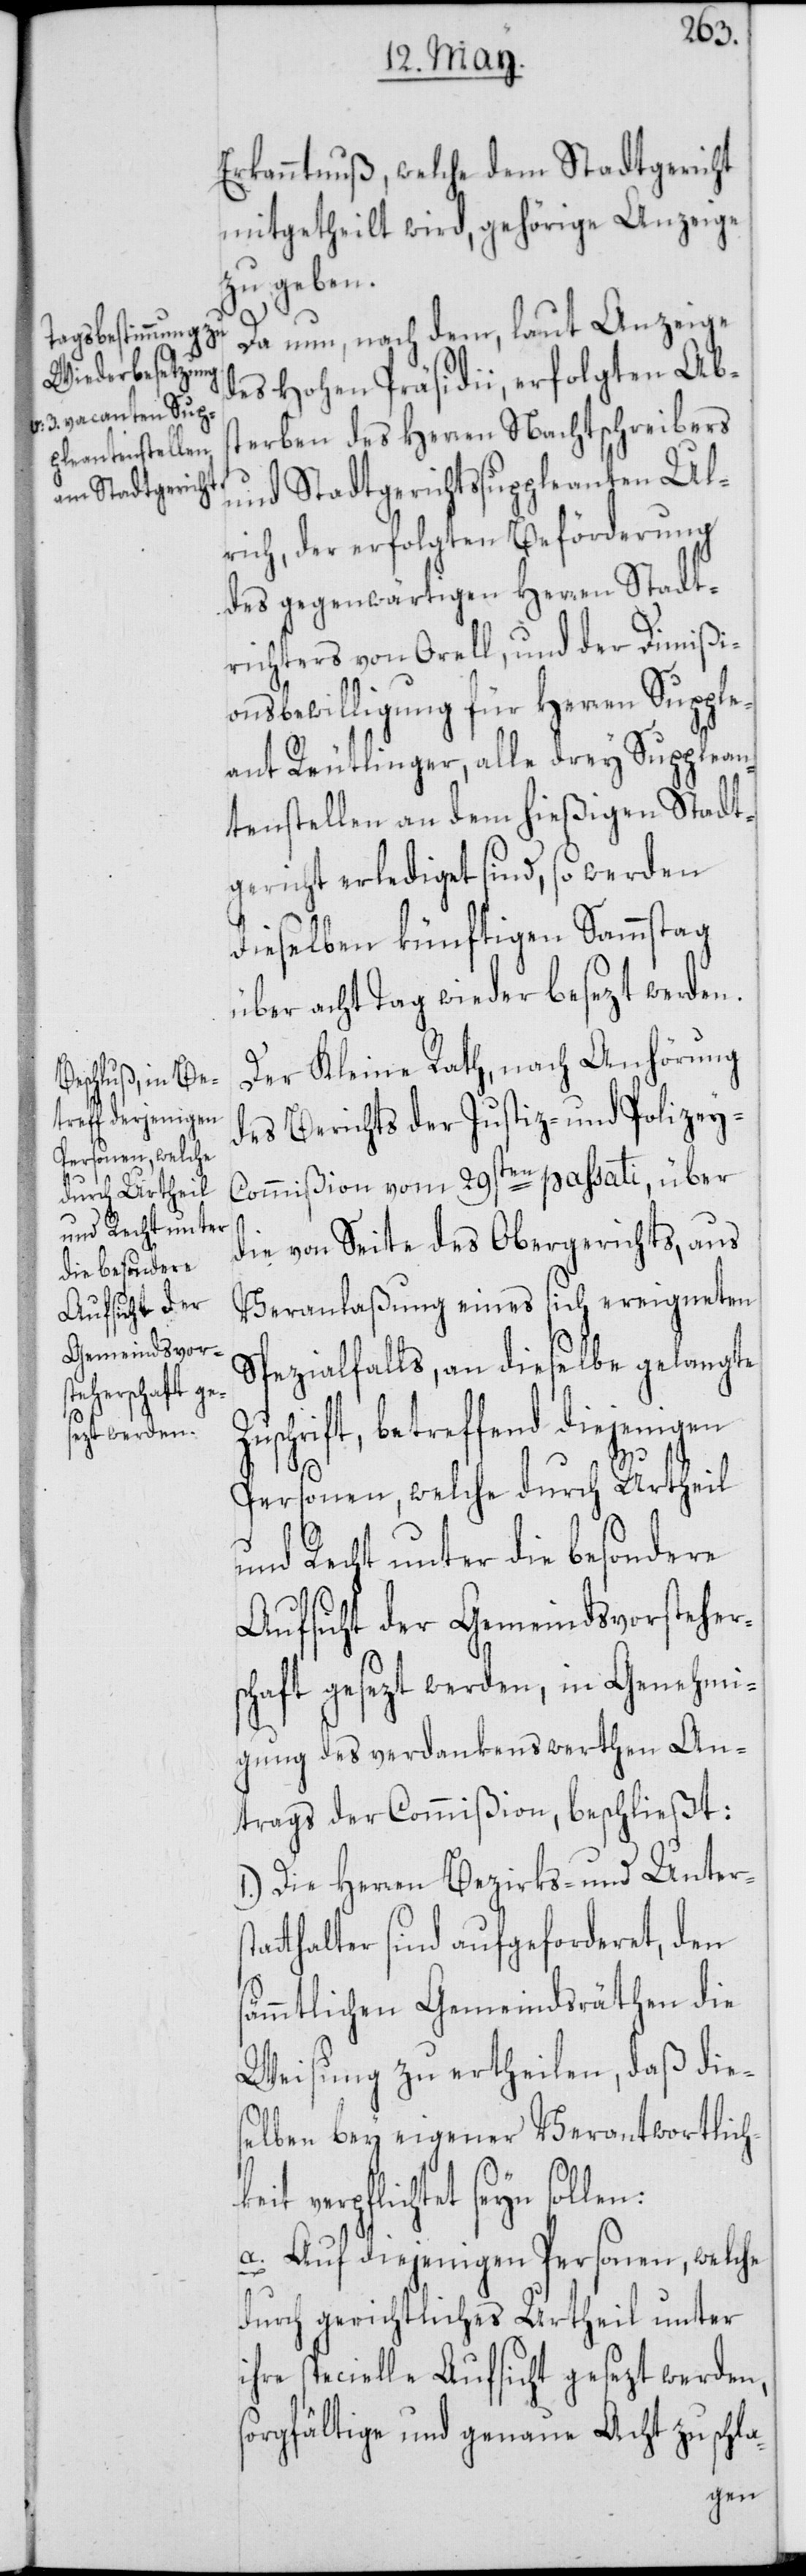
s¬

Erkanntnuß, welche dem Stadtgericht
mitgetheilt wird, gehörige Anzeige
zu geben.
Da nun, nach dem, laut Anzeige
des Hohen Präsidii, erfolgten Abst¬
erben des Herren Nachtschreibers
und Stadtgerichtssuppleanten Ul¬
rich, der erfolgten Beförderung
des gegenwärtigen Herren Stadt¬
richters von Orell, und der Dimißi¬
onsbewilligung für Herren Suppl¬
eant Reutlinger, alle drey Supplean¬
tenstellen an dem hießigen Stadt¬
gericht erlediget sind, so werden
dieselben künftigen Sammstag
über acht Tag wieder besezt werden.
Der Kleine Rath, nach Anhörung
des Berichts der Justiz- und Polizey-C¬
ommißion vom 29sten passati, über
die von Seite des Obergerichts, aus
Veranlaßung eines sich ereigneten
Spezialfalls, an dieselbe gelangte
betreffend diejenigen
Personen, welche durch Urtheil
und Recht unter die besondere
Aufsicht der Gemeindsvorsteher¬
schaft gesezt werden, in Genehmi¬
gung des verdankenswerthen An¬
trags der Commißion, beschließt:
1.) Die Herren Bezirks- und Unters¬
atthalter sind aufgeforderet, den
ämmtlichen Gemeindsräthen die
Weisung zu ertheilen, daß dies¬
elben bey eigener Verantwortlich¬
verpflichtet seyn sollen:
a. Auf diejenigen Personen, welche
durch gerichtliches Urtheil unter
ihre specielle Aufsicht gesezt werden,
sorgfältige und genaue Acht zu schla-
keit